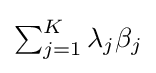
{\textstyle \sum _{j=1}^{K}\lambda _{j}\beta _{j}}